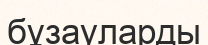
бұзауларды